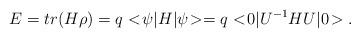
LaTeX: \begin{align*}E = tr(H\rho) = q<\!\psi|H|\psi\!> = q<\!0|U^{-1}HU|0\!>. \end{align*}